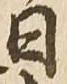
日